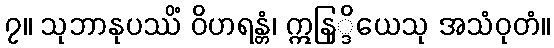
၇။ သုဘာနုပဿိံ ဝိဟရန္တံ၊ ဣနြ္ဒိယေသု အသံဝုတံ။